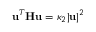
\mathbf u ^ { T } \mathbf H \mathbf u = \kappa _ { 2 } | \mathbf u | ^ { 2 }